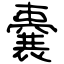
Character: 嚢